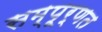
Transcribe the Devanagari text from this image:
सम्पूर्णत